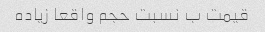
قیمت ب نسبت حجم واقعا زیاده